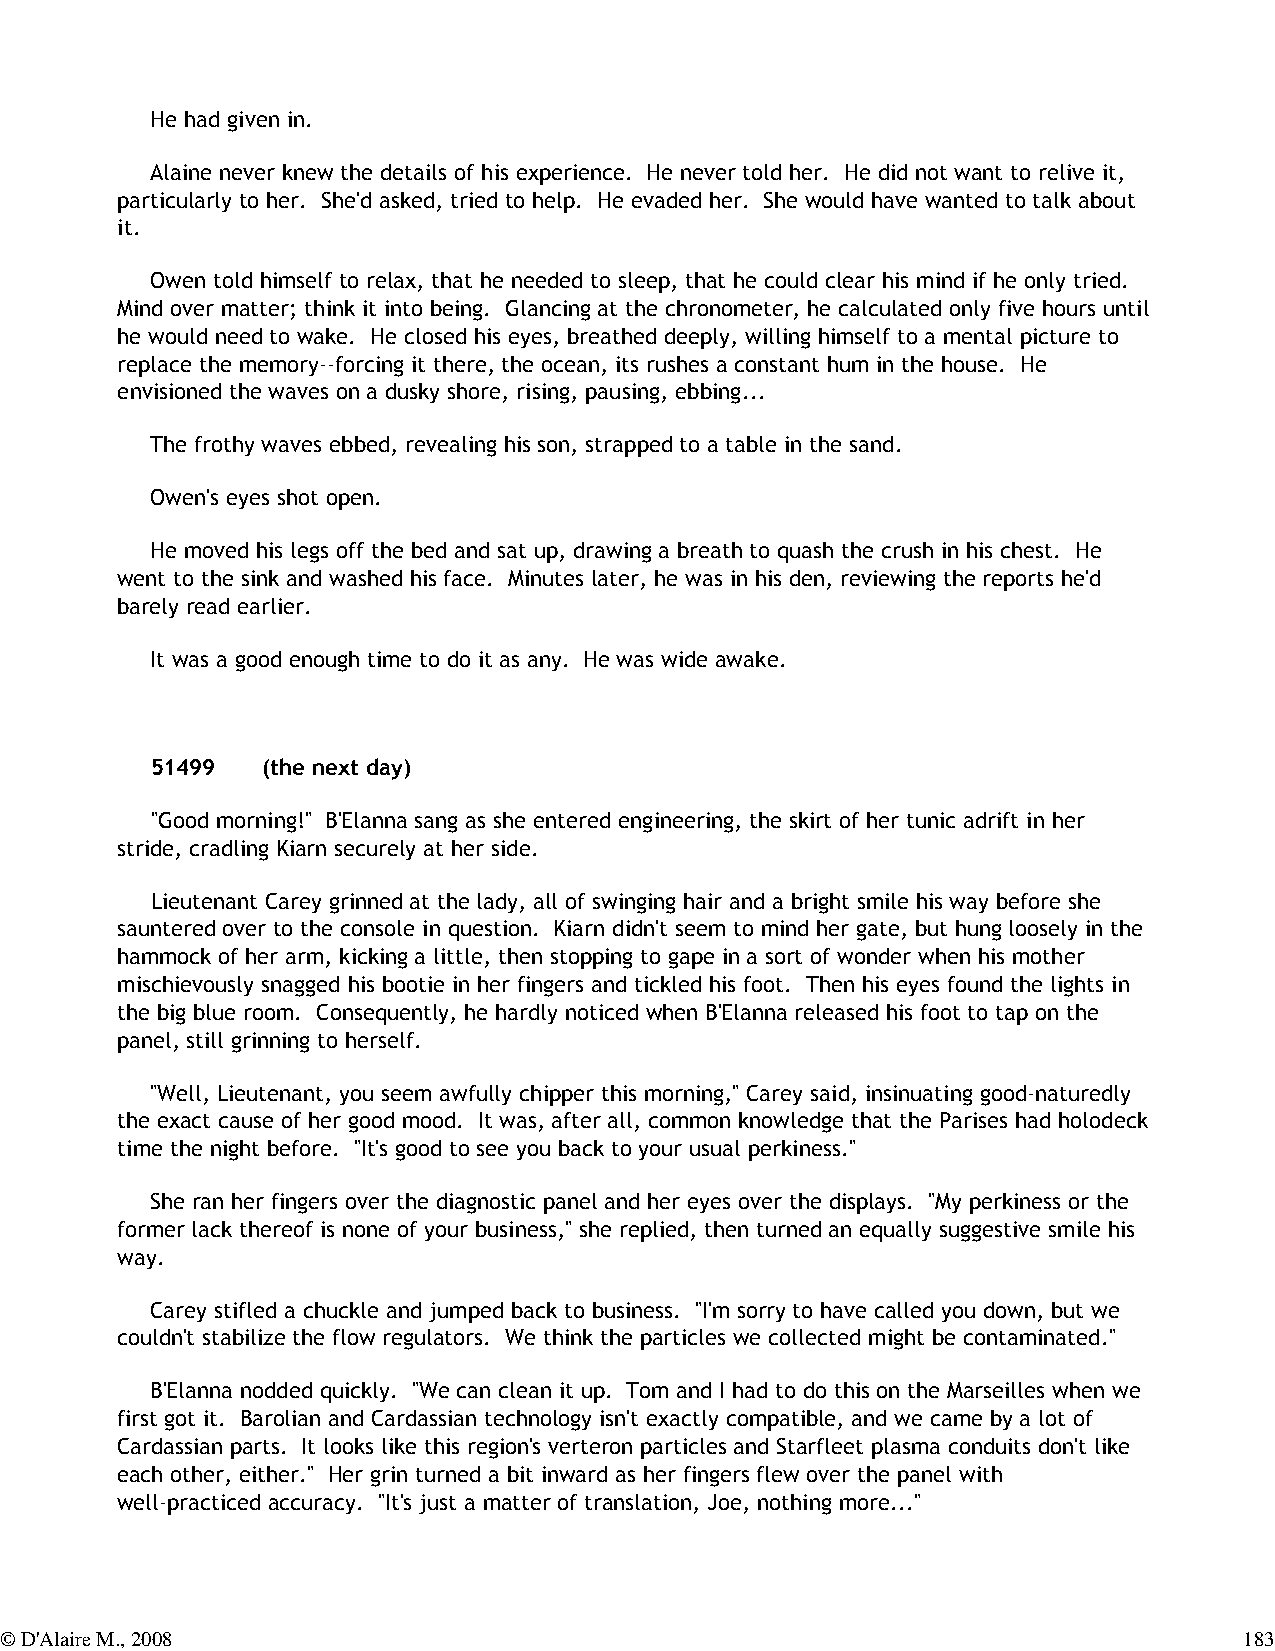
He had given in.
 Alaine never knew the details of his experience. He never told her. He did not want to relive it,
 particularly to her. She'd asked, tried to help. He evaded her. She would have wanted to talk about
 it.
 Owen told himself to relax, that he needed to sleep, that he could clear his mind if he only tried.
 Mind over matter; think it into being. Glancing at the chronometer, he calculated only five hours until
 he would need to wake. He closed his eyes, breathed deeply, willing himself to a mental picture to
 replace the memory--forcing it there, the ocean, its rushes a constant hum in the house. He
 envisioned the waves on a dusky shore, rising, pausing, ebbing...
 The frothy waves ebbed, revealing his son, strapped to a table in the sand.
 Owen's eyes shot open.
 He moved his legs off the bed and sat up, drawing a breath to quash the crush in his chest. He
 went to the sink and washed his face. Minutes later, he was in his den, reviewing the reports he'd
 barely read earlier.
 It was a good enough time to do it as any. He was wide awake.
 51499  (the next day)
 "Good morning!" B'Elanna sang as she entered engineering, the skirt of her tunic adrift in her
 stride, cradling Kiarn securely at her side.
 Lieutenant Carey grinned at the lady, all of swinging hair and a bright smile his way before she
 sauntered over to the console in question. Kiarn didn't seem to mind her gate, but hung loosely in the
 hammock of her arm, kicking a little, then stopping to gape in a sort of wonder when his mother
 mischievously snagged his bootie in her fingers and tickled his foot. Then his eyes found the lights in
 the big blue room. Consequently, he hardly noticed when B'Elanna released his foot to tap on the
 panel, still grinning to herself.
 "Well, Lieutenant, you seem awfully chipper this morning," Carey said, insinuating good-naturedly
 the exact cause of her good mood. It was, after all, common knowledge that the Parises had holodeck
 time the night before. "It's good to see you back to your usual perkiness."
 She ran her fingers over the diagnostic panel and her eyes over the displays. "My perkiness or the
 former lack thereof is none of your business," she replied, then turned an equally suggestive smile his
 way.
 Carey stifled a chuckle and jumped back to business. "I'm sorry to have called you down, but we
 couldn't stabilize the flow regulators. We think the particles we collected might be contaminated."
 B'Elanna nodded quickly. "We can clean it up. Tom and I had to do this on the Marseilles when we
 first got it. Barolian and Cardassian technology isn't exactly compatible, and we came by a lot of
 Cardassian parts. It looks like this region's verteron particles and Starfleet plasma conduits don't like
 each other, either." Her grin turned a bit inward as her fingers flew over the panel with
 well-practiced accuracy. "It's just a matter of translation, Joe, nothing more..."
 © D'Alaire M., 2008                                                               183